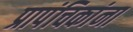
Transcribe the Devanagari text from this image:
प्रापंचिकांना